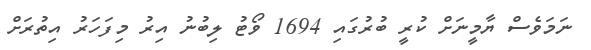
ނަމަވެސް ޔާމީނަށް ކުރީ ބުރުގައި 1694 ވޯޓު ލިބުނު އިރު މިފަހަރު އިތުރަށް